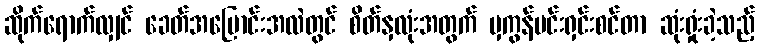
ဆိုက်ရောက်လျှင် ခေတ်အပြောင်းအလဲတွင် စိတ်နှလုံးအတွက် မှကွန်ဗင်းရှင်းစင်တာ ဆုံးရှုံးခဲ့သည့်